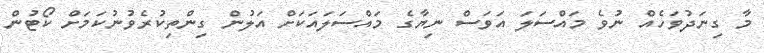
މާ ގިނަދުވަހެއް ނުވެ މައްސަލަ އަވަސް ނިޔާގެ މައްސަލައަކަށް އަލުން ގިންތިކުރެވުނުކަމަށް ކޯޓުން